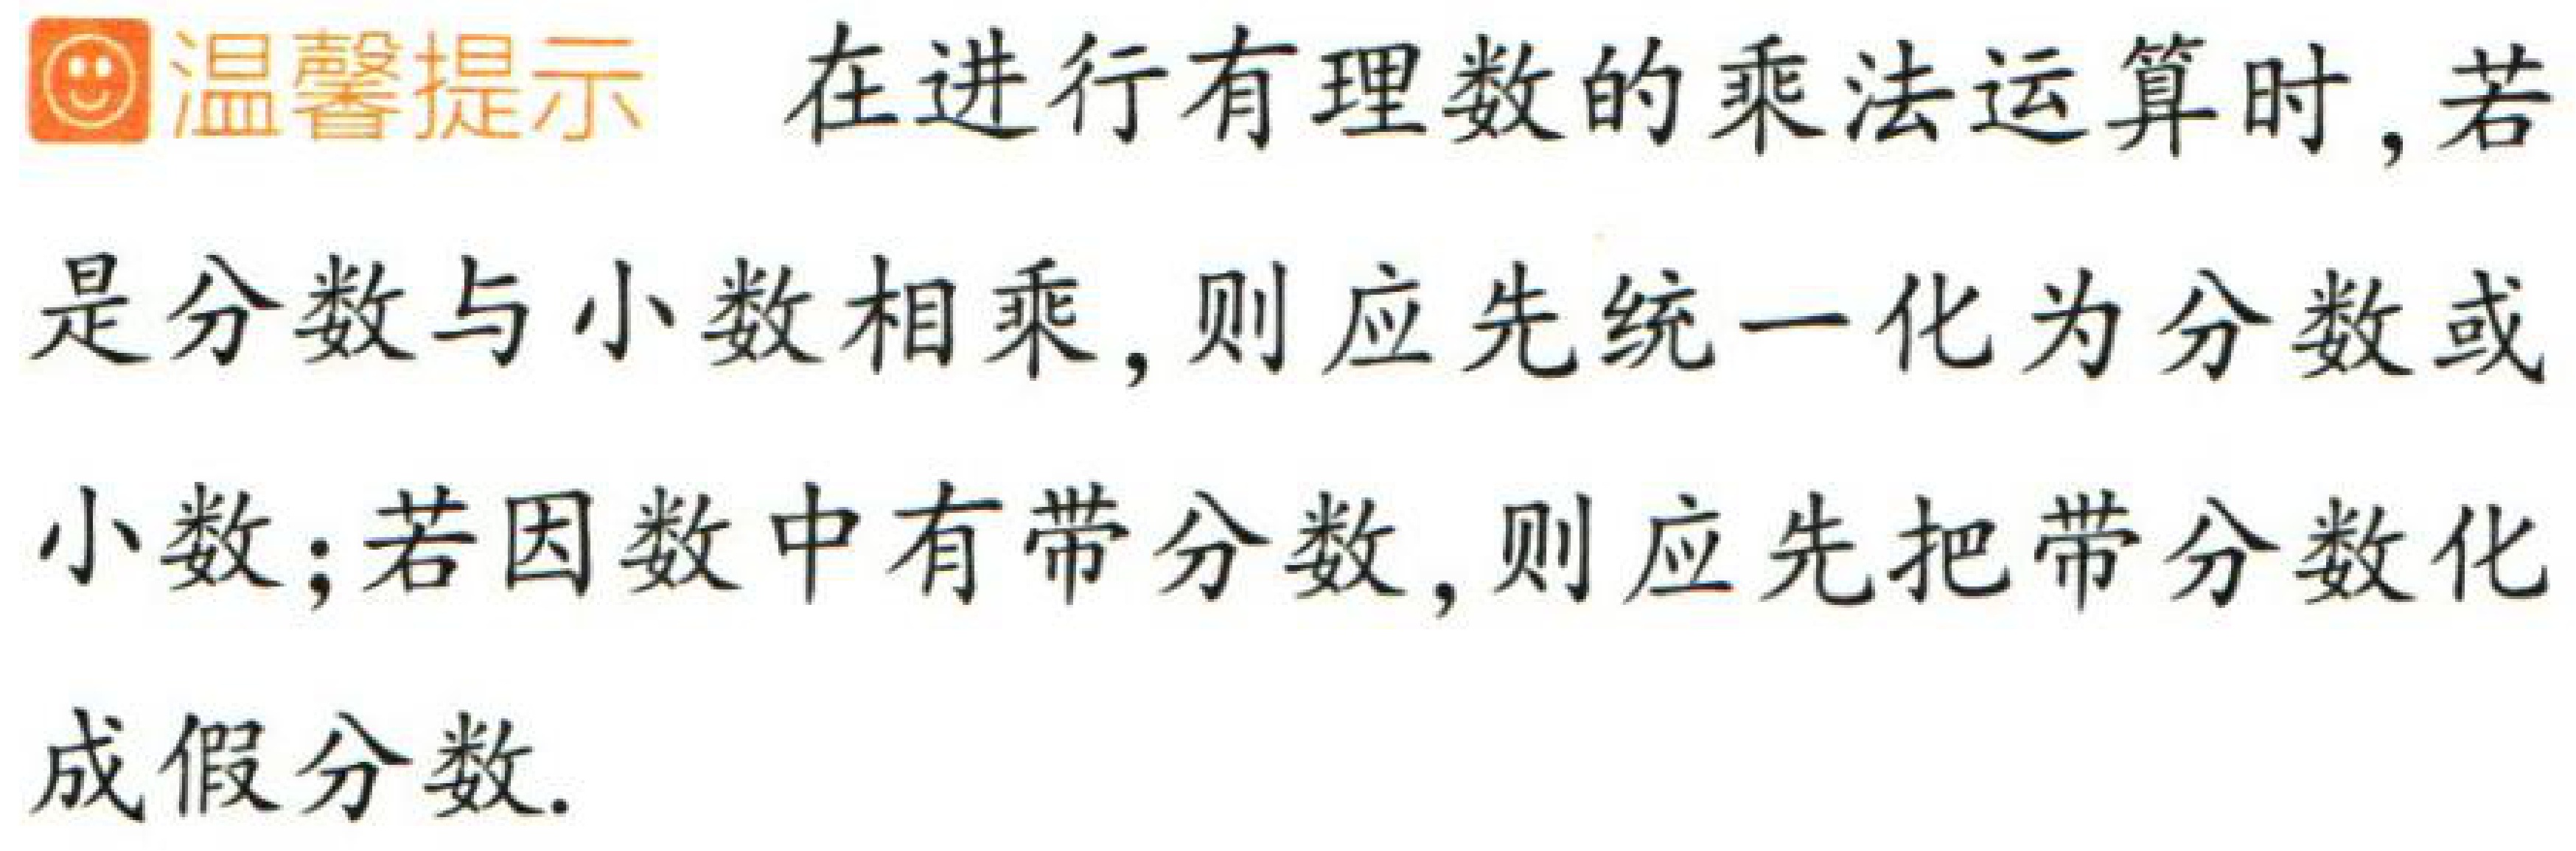
温馨提示 在进行有理数的乘法运算时,若是分数与小数相乘,则应先统一化为分数或小数;若因数中有带分数,则应先把带分数化成假分数.